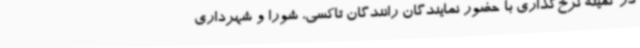
در کمیته نرخ‌گذاری با حضور نمایندگان رانندگان تاکسی، شورا و شهرداری